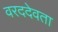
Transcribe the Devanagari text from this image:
वरददेवता